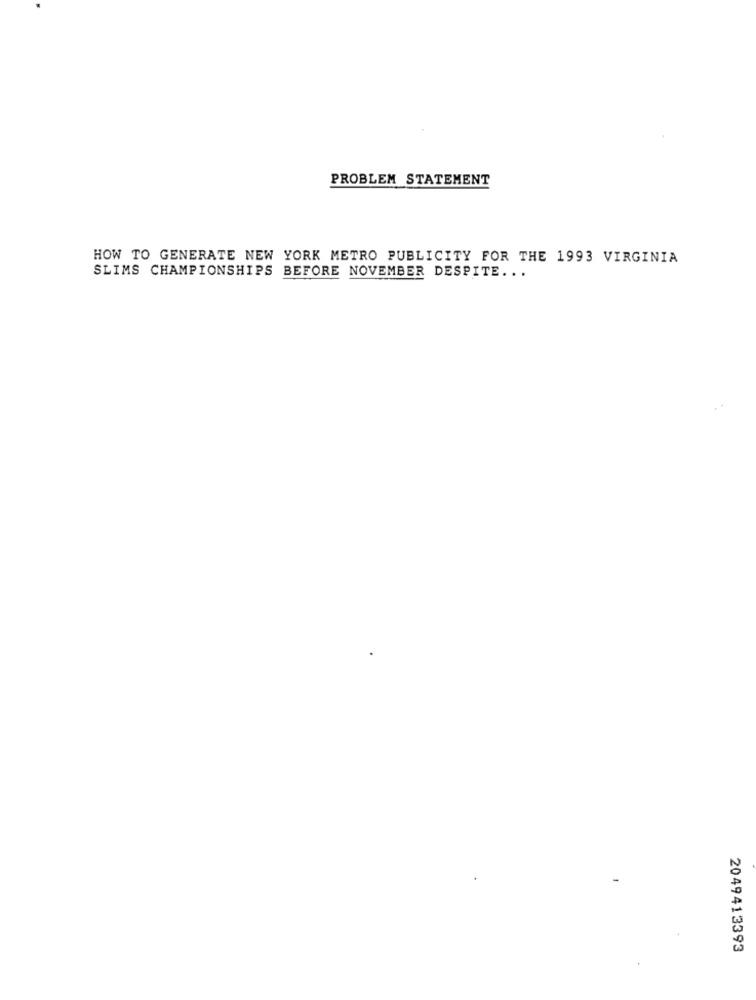
PROBLEM STATEMENT
HOW TO GENERATE NEW YORK METRO PUBLICITY FOR THE 1993 VIRGINIA
SLIMS CHAMPIONSHIPS BEFORE NOVEMBER DESPITE ...
2049413393